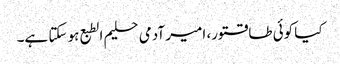
کیا کوئی طاقتور، امیر آدمی حلیم الطبع ہو سکتا ہے۔